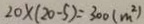
2 0 \times ( 2 0 - 5 ) = 3 0 0 ( m ^ { 2 } )